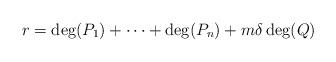
LaTeX: \begin{align*}r=\deg(P_{1})+\cdots+\deg(P_{n})+m\delta\deg(Q)\end{align*}